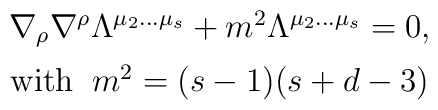
\begin{array}{c}\nabla_{\rho}\nabla^{\rho}\Lambda^{\mu_2\ldots\mu_s}+m^2\Lambda^{\mu_2\ldots\mu_s}=0,\\[5pt]\mbox{with}\;\;m^2=(s-1)(s+d-3)\end{array}